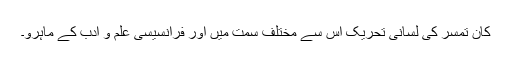
کان تمسر کی لِسانی تحریک اس سے مختلف سمت میں اور فرانسیسی علم و ادب کے ماہرو۔